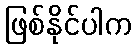
ဖြစ်နိုင်ပါက